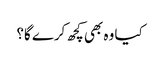
کیا وہ بھی کچھ کرے گا؟